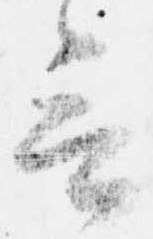
言